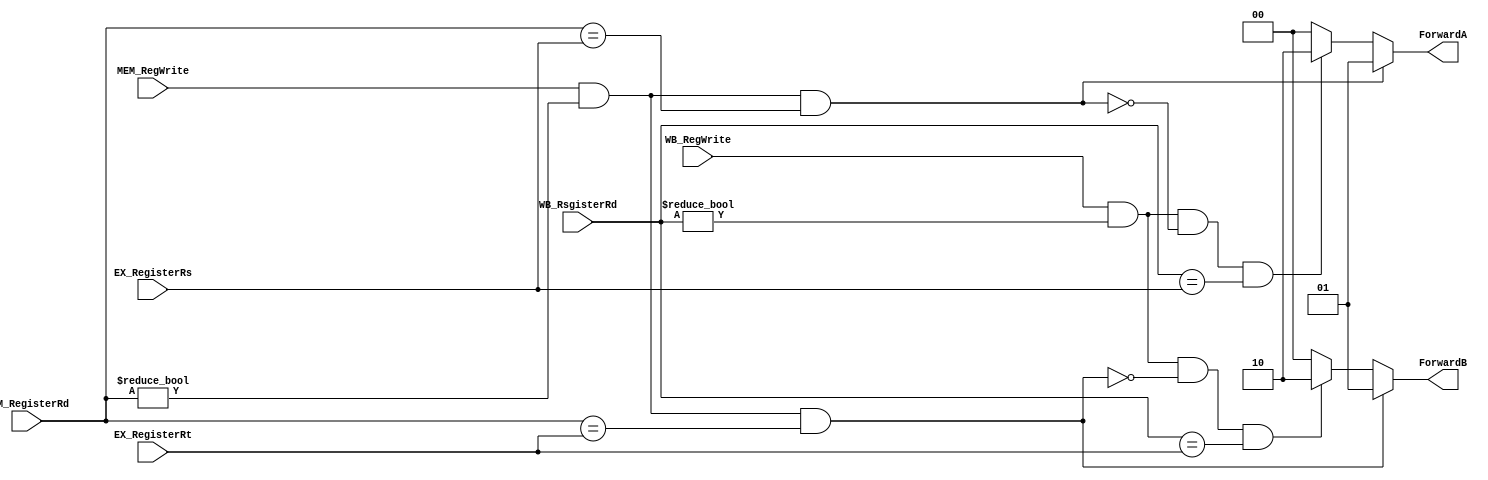
//Subject:     CO project 4
//--------------------------------------------
//Student: 0411276 Chen Yi An
//Student: 0413335 Kuo Yi Lin
//--------------------------------------------
`define FORWARD_NO 2'b00
`define FORWARD_FROM_MEM 2'b01 
`define FORWARD_FROM_WB 2'b10

module Forwarding_Unit(
    input [4:0]EX_RegisterRs,
    input [4:0]EX_RegisterRt,
    input [4:0]MEM_RegisterRd,
    input [4:0]WB_RsgisterRd,

    input MEM_RegWrite,
    input WB_RegWrite,
	
    output reg[1:0] ForwardA,
    output reg[1:0] ForwardB
);

/* ForwardA */
always @(*) begin
    // EX hazard
    if( MEM_RegWrite 
        & ( MEM_RegisterRd != 0 )
        & ( MEM_RegisterRd == EX_RegisterRs ) 
    )   ForwardA = `FORWARD_FROM_MEM;
    // MEM hazard
    else if(
        WB_RegWrite
        & ( WB_RsgisterRd != 0)
        & ~( ( MEM_RegWrite & (MEM_RegisterRd!=0 ) ) 
               & MEM_RegisterRd == EX_RegisterRs )
        & ( WB_RsgisterRd == EX_RegisterRs )
    )   ForwardA = `FORWARD_FROM_WB;
    else 
        ForwardA = `FORWARD_NO;
end

/* ForwardB */
always @(*) begin
    // EX hazard
    if( MEM_RegWrite 
        & ( MEM_RegisterRd != 0 )
        & ( MEM_RegisterRd == EX_RegisterRt ) 
    )   ForwardB = `FORWARD_FROM_MEM;
    // MEM hazard
    else if(
        WB_RegWrite
        & ( WB_RsgisterRd != 0)
        & ~( ( MEM_RegWrite & (MEM_RegisterRd!=0 ) ) 
               & MEM_RegisterRd == EX_RegisterRt )
        & ( WB_RsgisterRd == EX_RegisterRt )
    )   ForwardB = `FORWARD_FROM_WB;
    else 
        ForwardB = `FORWARD_NO;
end

endmodule